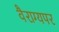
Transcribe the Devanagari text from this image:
वैराग्यपर